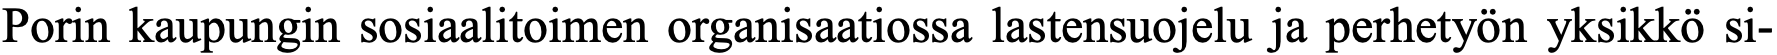
Porin kaupungin sosiaalitoimen organisaatiossa lastensuojelu ja perhetyön yksikkö si-